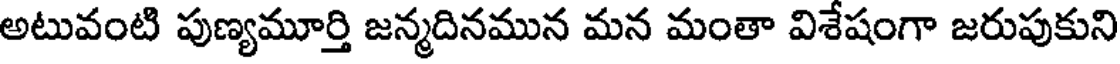
అటువంటి పుణ్యమూర్తి జన్మదినమున మన మంతా విశేషంగా జరుపుకుని